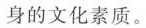
身的文化素质。